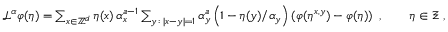
\begin{array} { r } { \ensuremath { \mathcal L } ^ { \alpha } \varphi ( \eta ) = \sum _ { x \in { \mathbb Z } ^ { d } } \eta ( x ) \, \alpha _ { x } ^ { a - 1 } \sum _ { y \, : \, | x - y | = 1 } \alpha _ { y } ^ { a } \left( 1 - \eta ( y ) / \alpha _ { y } \right) \left( \varphi ( \eta ^ { x , y } ) - \varphi ( \eta ) \right) \ , \qquad \eta \in \Xi \ , } \end{array}